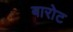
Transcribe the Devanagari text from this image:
बारोट